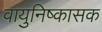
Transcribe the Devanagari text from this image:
वायुनिष्कासक